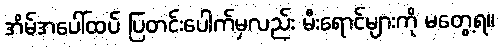
အိမ်အပေါ်ထပ် ပြတင်းပေါက်မှလည်း မီးရောင်များကို မတွေ့ရ။